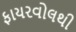
ફાયરવોલથી